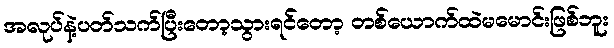
အလုပ်နဲ့ပတ်သက်ပြီးတော့သွားရင်တော့ တစ်ယောက်ထဲမမောင်းဖြစ်ဘူး